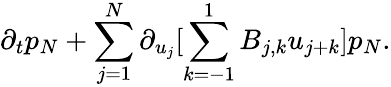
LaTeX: \partial_{t}p_{N}+\sum_{j=1}^{N}\partial_{u_{j}}[\sum_{k=-1}^{1}B_{j,k}u_{j+k}]p_{N}.